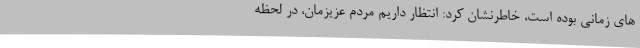
های زمانی بوده است، خاطرنشان کرد: انتظار داریم مردم عزیزمان، در لحظه